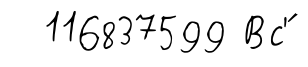
116837599 Вс'́